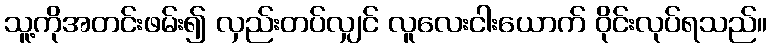
သူ့ကိုအတင်းဖမ်း၍ လှည်းတပ်လျှင် လူလေးငါးယောက် ဝိုင်းလုပ်ရသည်။